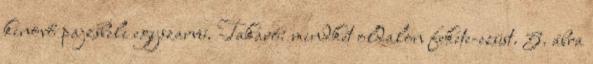
kinövő pajzsbeli egyszarvú. Takaró: mindkét oldalon fekete-ezüst. 5. ábra